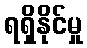
ရရှိနိုင်မှု